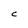
Character: C